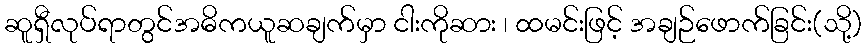
ဆူရှီလုပ်ရာတွင်အဓိကယူဆချက်မှာ ငါးကိုဆား ၊ ထမင်းဖြင့် အချဉ်ဖောက်ခြင်း(သို့)